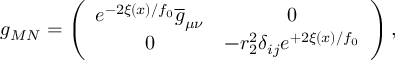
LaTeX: g _ { M N } = \left( \begin{array} { c c } { { e ^ { - 2 \xi ( x ) / f _ { 0 } } \overline { { { g } } } _ { \mu \nu } } } & { { 0 } } \\ { { 0 } } & { { - r _ { 2 } ^ { 2 } \delta _ { i j } e ^ { + 2 \xi ( x ) / f _ { 0 } } } } \end{array} \right) ,